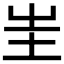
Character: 𡉚